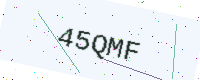
Text: 45QMF